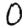
Digit: 0